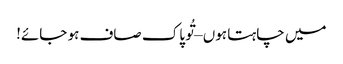
میں چاہتا ہوں – تُو پاک صاف ہو جائے!